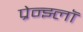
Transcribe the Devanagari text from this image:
प्रेन्झ्लॉ